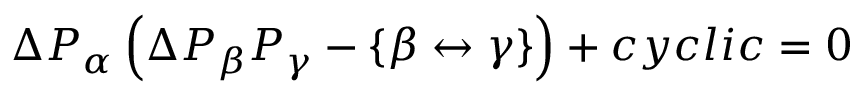
\begin{array} { r } { \Delta P _ { \alpha } \left( \Delta P _ { \beta } P _ { \gamma } - \{ \beta \leftrightarrow \gamma \} \right) + c y c l i c = 0 } \end{array}